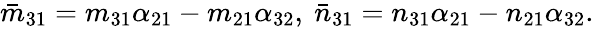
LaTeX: \begin{array}{r}{\bar{m}_{31}=m_{31}\alpha_{21}-m_{21}\alpha_{32},~\bar{n}_{31}=n_{31}\alpha_{21}-n_{21}\alpha_{32}.}\end{array}